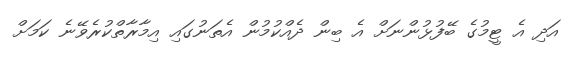
އަދި އެ ޓީމުގެ ބޭފުޅުންނަށް އެ ބިން ދެއްކުމުން އެތަނުގައި އިމާރާތްކުރެވޭނެ ކަމަށް